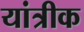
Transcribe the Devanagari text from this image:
यांत्रीक